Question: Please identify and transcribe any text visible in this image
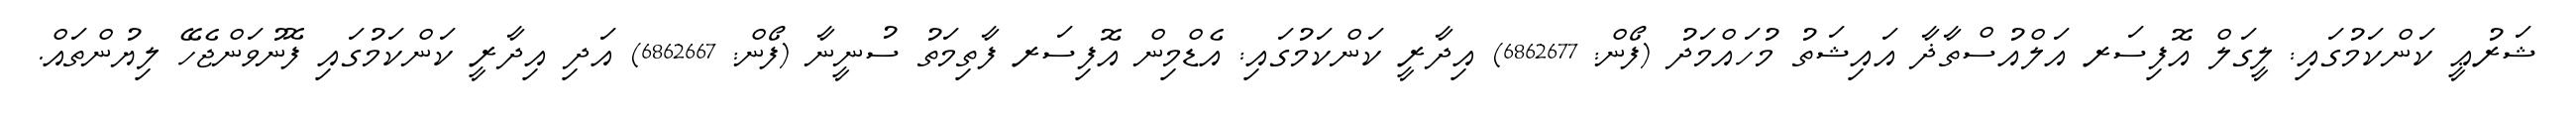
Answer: ޝަރުޢީ ކަންކަމުގައި: ލީގަލް އޮފިސަރ އަލްއުސްތާޛާ އައިޝަތު މުހައްމަދު (ފޯން: 6862677) އިދާރީ ކަންކަމުގައި: އެޑްމިން އޮފިސަރ ފާތިމަތު ސުނީނާ (ފޯން: 6862667) އަދި އިދާރީ ކަންކަމުގައި ފޮނުވަންޖެހޭ ލިޔުންތައް.